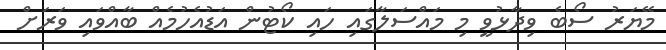
މޭޔަރު ސޯބެ ވިދާޅުވީ މި މައްސަލާގައި ހައި ކޯޓުން އަޑުއެހުމެއް ބާއްވައި ވަރަށް